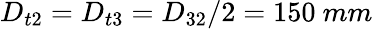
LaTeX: D_{t2}=D_{t3}=D_{32}/2=150~mm